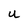
Character: U